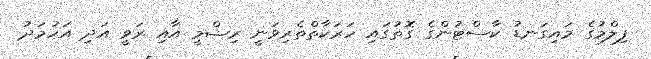
ފިލްމުގެ މައިގަނޑު ކާސްޓުންގެ ގޮތުގައި ހަރަކާތްތެރިވަނީ ރިޝްމީ އާއި ރަވީ އަދި އަހުމަދު